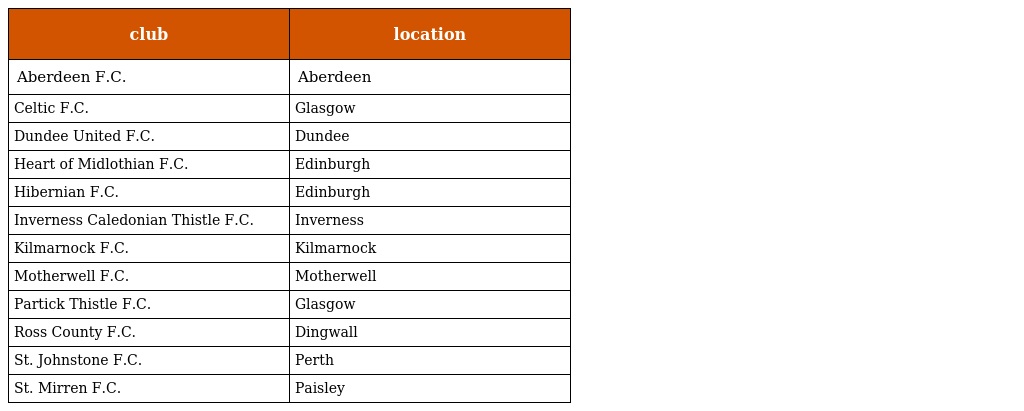
| club | location |
 | --- | --- |
 | Aberdeen F.C. | Aberdeen |
 | Celtic F.C. | Glasgow |
 | Dundee United F.C. | Dundee |
 | Heart of Midlothian F.C. | Edinburgh |
 | Hibernian F.C. | Edinburgh |
 | Inverness Caledonian Thistle F.C. | Inverness |
 | Kilmarnock F.C. | Kilmarnock |
 | Motherwell F.C. | Motherwell |
 | Partick Thistle F.C. | Glasgow |
 | Ross County F.C. | Dingwall |
 | St. Johnstone F.C. | Perth |
 | St. Mirren F.C. | Paisley |